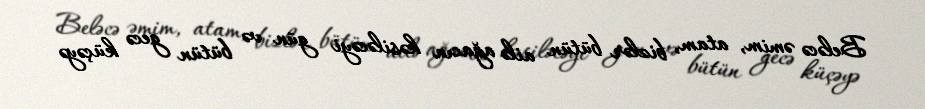
Beləcə əmim, atam, bizlər bütün ailə ağacın kəsiləcəyi gün və bütün gecə küçəyə